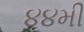
૪૪મી